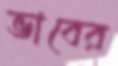
ভাবের